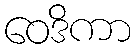
ဝေဒိကာ